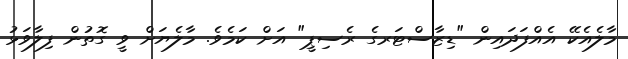
މާލެއެކޭ އެއްފަދައިން "ޑިޒާސްޓަރގެ ރެސިޕީ" އަށް ކަމެވެ. މާލެޔަށް ވީ ގޮތުން ފިލާވަޅު